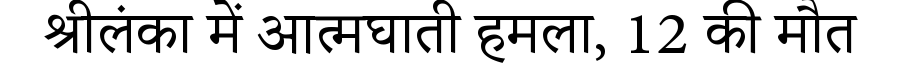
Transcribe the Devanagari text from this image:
श्रीलंका में आत्मघाती हमला, 12 की मौत